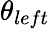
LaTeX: \theta_{left}